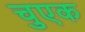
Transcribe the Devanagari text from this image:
चुएक